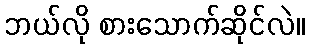
ဘယ်လို စားသောက်ဆိုင်လဲ။